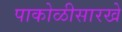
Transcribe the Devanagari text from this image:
पाकोळीसारखे